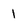
Character: 1